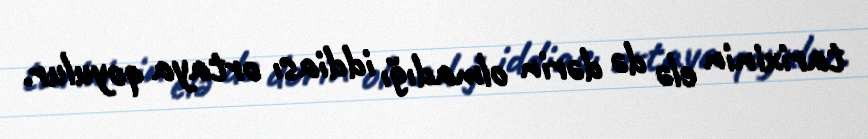
tarixinin elə də dərin olmadığı iddiası ortaya qoyulur.